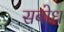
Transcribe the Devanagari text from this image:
सबोध